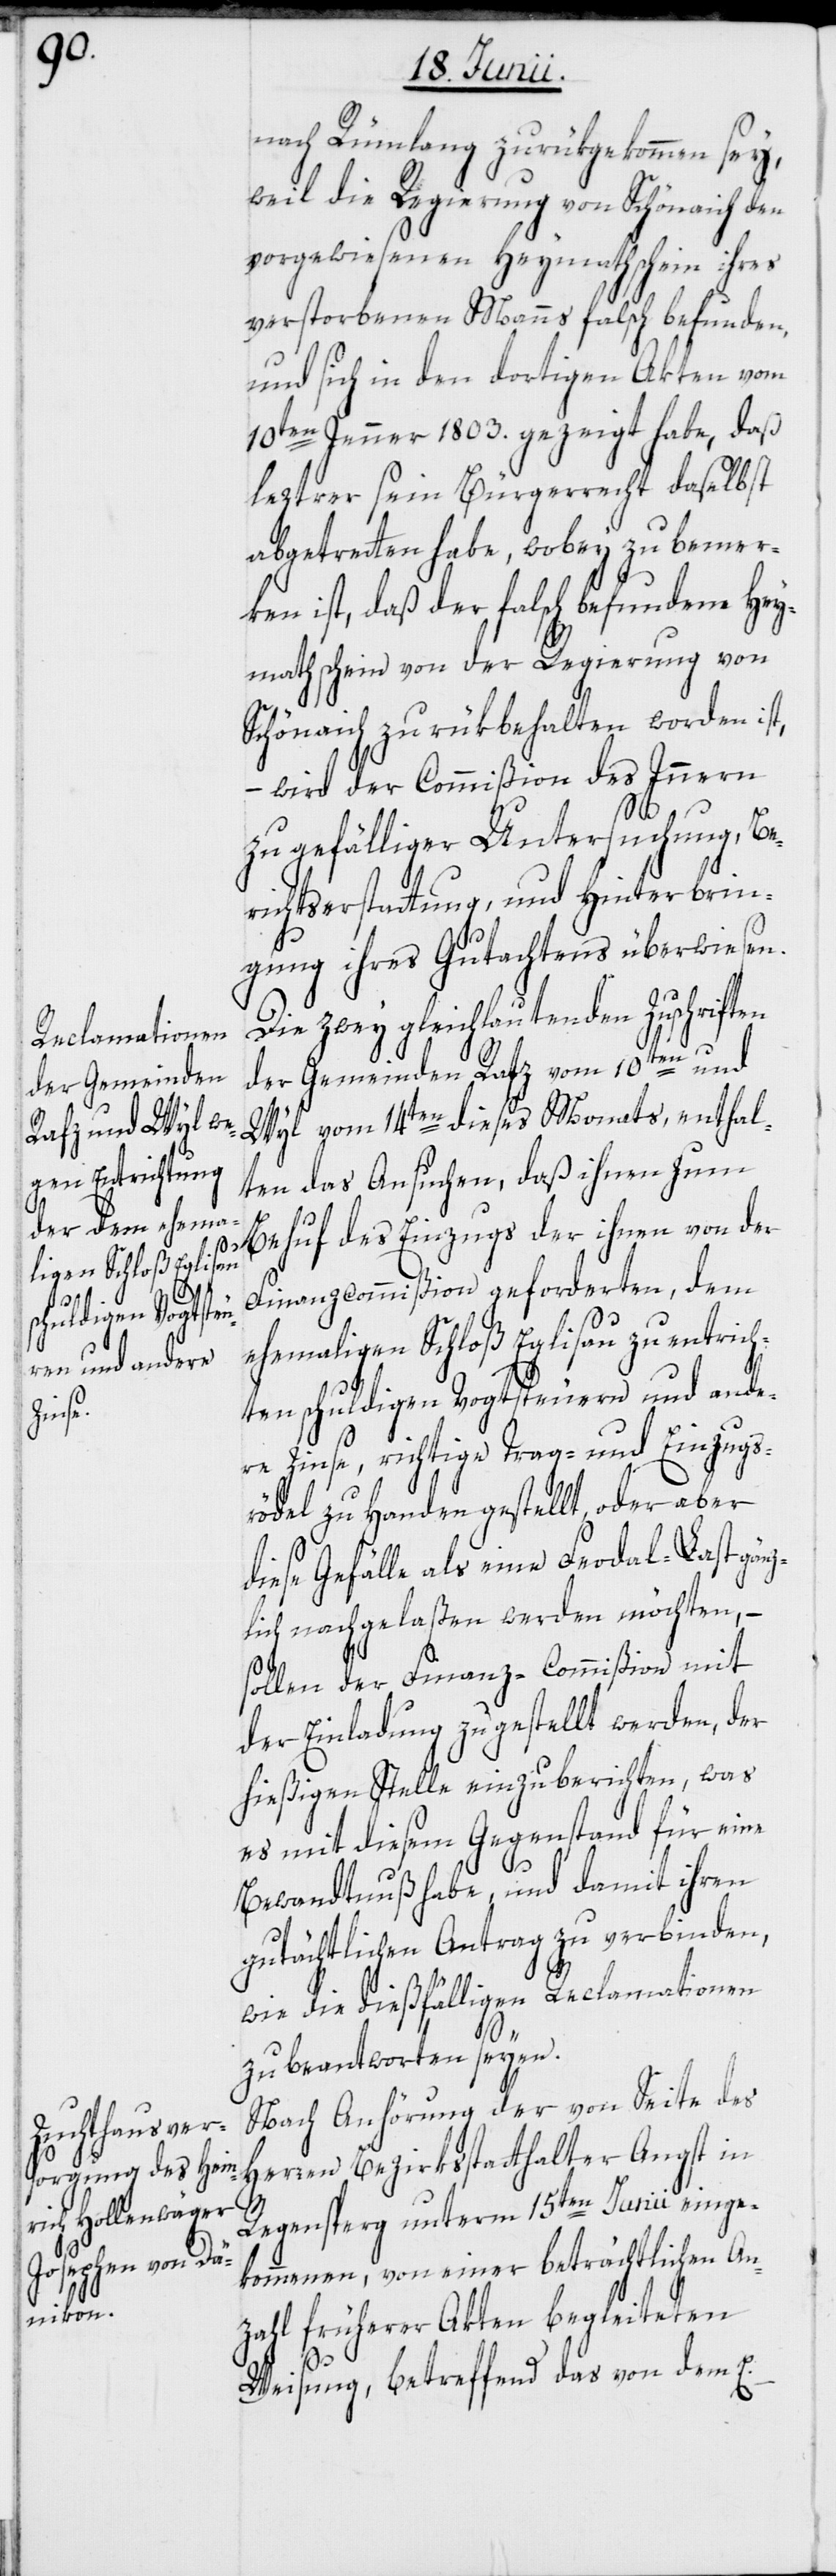
nach Rümlang zurükgekommen sey,
weil die Regierung von Schönaich den
vorgewiesenen Heymathschein ihres
verstorbenen Manns falsch befunden,
und sich in den dortigen Akten vom
10ten Jenner 1803. gezeigt habe, daß
leztrer sein Bürgerrecht daselbst
abgetretten habe, wobey zu bemer¬
ken ist, daß der falsch befundene Hey¬
mathschein von der Regierung von
Schönaich zurükbehalten worden ist,
wird der Commißion des Innern
zu gefälliger Untersuchung, Be¬
richtserstattung, und Hinterbrin¬
gung ihres Gutachtens überwiesen.
Die zwey gleichlautenden Zuschriften
der Gemeinden Rafz vom 10ten und
Wyl vom 14ten dieses Monats, enthal¬
ten das Ansuchen, daß ihnen zum
Behuf des Einzugs der ihnen von der
Finanzcommißion geforderten, dem
ehemaligen Schloß Eglisau zu entric¬
hten schuldigen Vogtsteuern und ande¬
re Zinse, richtige Trag- und Einzugs¬
rödel zu Handen gestellt, oder aber
diese Gefälle als eine Feodal-Last gänz¬
lich nachgelaßen werden möchten, –
sollen der Finanz-Commißion mit
der Einladung zugestellt werden, der
hießigen Stelle einzuberichten, was
es mit diesem Gegenstand für eine
Bewandtnuß habe, und damit ihren
gutächtlichen Antrag zu verbinden,
wie die dießfälligen Reclamationen
zu beantworten seyen.
Nach Anhörung der von Seite des
Herren Bezirksstatthalter Angst in
Regensperg unterm 15ten Junii einge¬
kommenen, von einer beträchtlichen An¬
zahl früherer Akten begleiteten
Weisung, betreffend das von dem E.